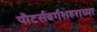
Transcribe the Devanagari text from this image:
पीटर्सबर्गशहराच्या